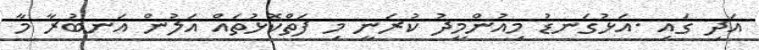
އަދި ގައި .އަޅުގަނޑު މިއުންމީދު ކުރަނީ މި ފަތްކޮޅުތައް އަލުން އަނބުރާ މާ